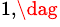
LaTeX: ^{1,\dag}